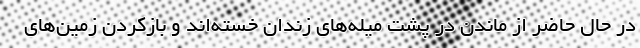
در حال حاضر از ماندن در پشت میله‌های زندان خسته‌اند و بازکردن زمین‌های